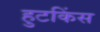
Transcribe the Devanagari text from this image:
हुटकिंस